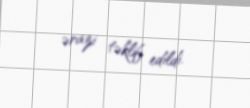
ərazi təklif edildi.